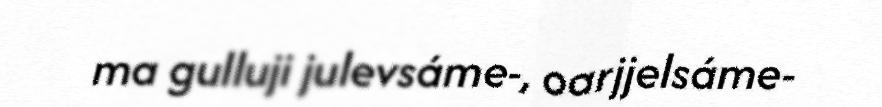
ma gulluji julevsáme-, oarjjelsáme-